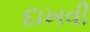
દાખવી